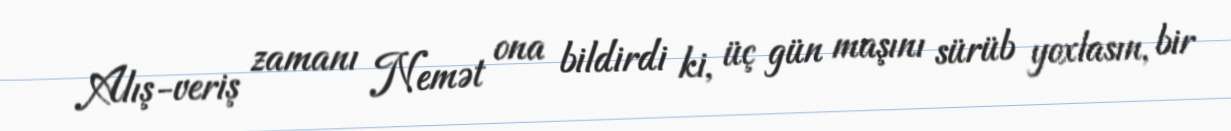
Alış-veriş zamanı Nemət ona bildirdi ki, üç gün maşını sürüb yoxlasın, bir